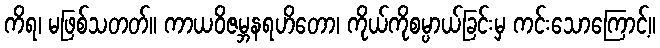
ကိရ၊ မဖြစ်သတတ်။ ကာယဝိဇမ္ဘနရဟိတော၊ ကိုယ်ကိုစမ္ပာယ်ခြင်းမှ ကင်းသောကြောင့်။